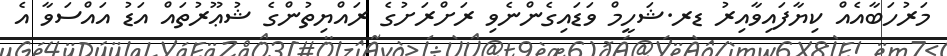
މަރުހަބާއެއް ކިޔާފައިވާއިރު ޑރ.ޝަހީމް ވަޑައިގެންނެވި ރަށްރަށުގެ ރައްޔިތުންގެ ޝުޢޫރުތައް އަޑު އައްސަވާ އެ